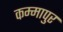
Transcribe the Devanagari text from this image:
कम्मापुर